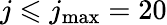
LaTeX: j\leqslant j_{\mathrm{max}}=20